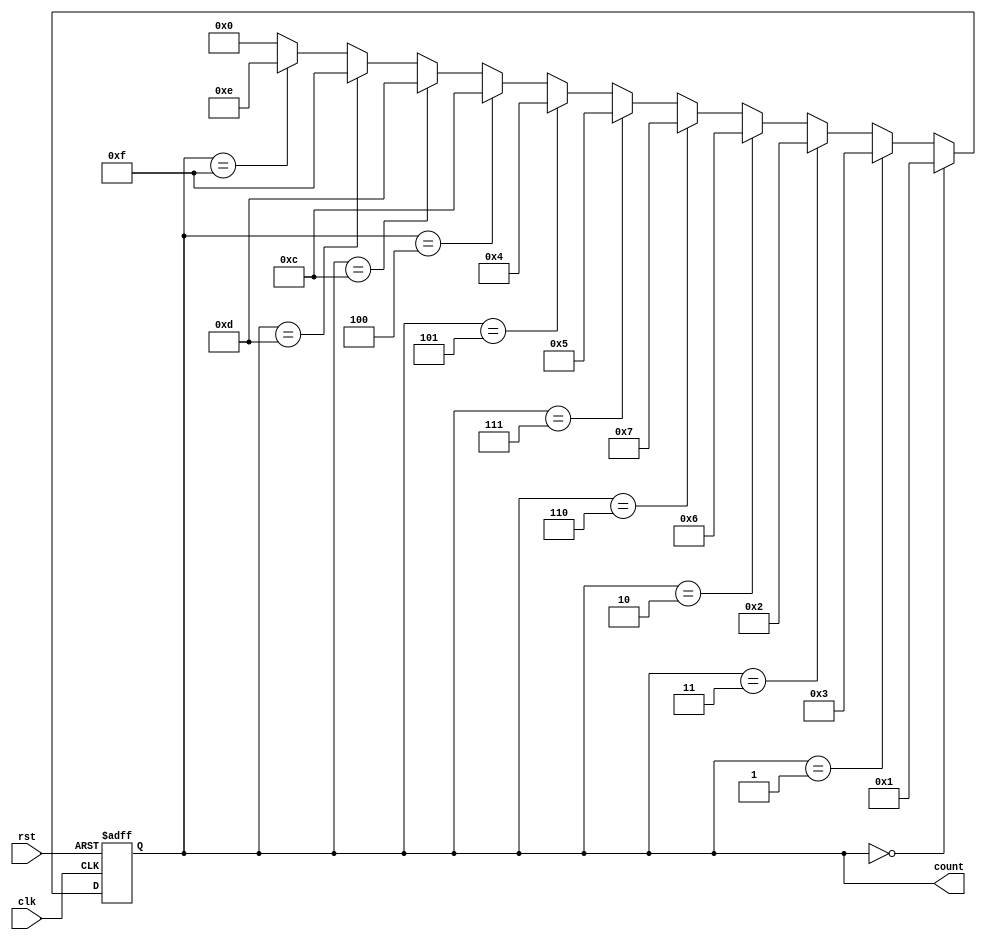
module gray_counter (
    input wire clk,
    input wire rst,
    output reg [3:0] count
);

reg [3:0] next_count;

always @ (posedge clk or posedge rst) begin
    if (rst) begin
        count <= 4'b0000;
    end else begin
        count <= next_count;
    end
end

always @ (*) begin
    if (count == 4'b0000) begin
        next_count = 4'b0001;
    end else if (count == 4'b0001) begin
        next_count = 4'b0011;
    end else if (count == 4'b0011) begin
        next_count = 4'b0010;
    end else if (count == 4'b0010) begin
        next_count = 4'b0110;
    end else if (count == 4'b0110) begin
        next_count = 4'b0111;
    end else if (count == 4'b0111) begin
        next_count = 4'b0101;
    end else if (count == 4'b0101) begin
        next_count = 4'b0100;
    end else if (count == 4'b0100) begin
        next_count = 4'b1100;
    end else if (count == 4'b1100) begin
        next_count = 4'b1101;
    end else if (count == 4'b1101) begin
        next_count = 4'b1111;
    end else if (count == 4'b1111) begin
        next_count = 4'b1110;
    end else begin
        next_count = 4'b0000;
    end
end

endmodule